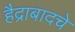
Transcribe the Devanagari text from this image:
हैद्राबादचे